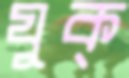
যুক্